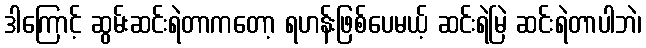
ဒါကြောင့် ဆွမ်းဆင်းရဲတာကတော့ ရဟန်းဖြစ်ပေမယ့် ဆင်းရဲမြဲ ဆင်းရဲတာပါဘဲ၊